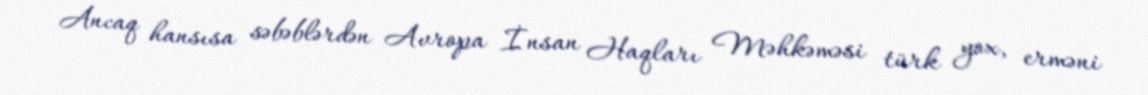
Ancaq hansısa səbəblərdən Avropa İnsan Haqları Məhkəməsi türk yox, erməni